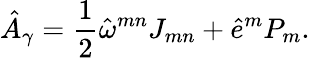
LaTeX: \hat{A}_{\gamma}=\frac{1}{2}\hat{\omega}^{mn}J_{mn}+\hat{e}^{m}P_{m}.